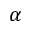
\alpha